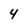
Character: 4